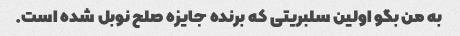
به من بگو اولین سلبریتی که برنده جایزه صلح نوبل شده است.